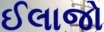
ઈલાજો